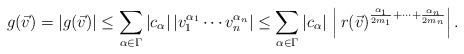
LaTeX: \begin{align*} g(\vec{v}) = \left\vert g(\vec{v})\right\vert \le \sum\limits_{\alpha\in\Gamma} \left\vert c_{\alpha}\right\vert \left\vert v_1^{\alpha_1}\cdots v_n^{\alpha_n} \right\vert \le\sum\limits_{\alpha\in\Gamma} \left\vert c_{\alpha}\right\vert \,\left\vert\, r(\vec{v})^{\frac{\alpha_1}{2m_1}+\cdots+\frac{\alpha_n}{2m_n}}\right\vert. \\ \end{align*}